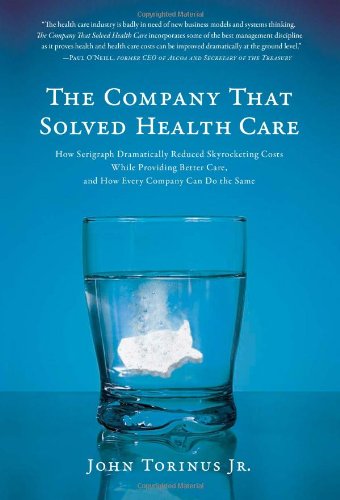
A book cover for The Company That Solved Health Care: How Serigraph Dramatically Reduced Skyrocketing Costs While Providing Better Care, and How Every Company Can Do the Same; Jr. John Torinus; Business & Money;